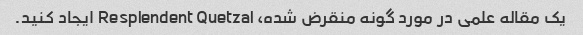
یک مقاله علمی در مورد گونه منقرض شده، Resplendent Quetzal ایجاد کنید.